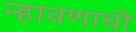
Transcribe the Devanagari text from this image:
न्हावणाची